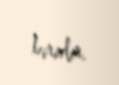
biridir.